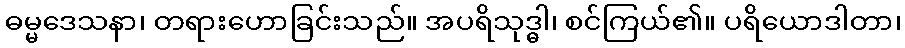
ဓမ္မဒေသနာ၊ တရားဟောခြင်းသည်။ အပရိသုဒ္ဓါ၊ စင်ကြယ်၏။ ပရိယောဒါတာ၊